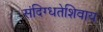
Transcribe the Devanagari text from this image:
संदिग्धतेशिवाय